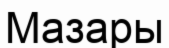
Мазары